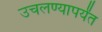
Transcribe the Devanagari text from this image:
उचलण्यापर्यंत